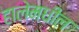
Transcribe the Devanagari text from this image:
हालेमधील